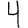
Digit: 4